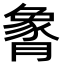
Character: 𬂏